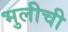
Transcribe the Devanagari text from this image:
भुलीची